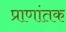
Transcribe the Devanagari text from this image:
प्राणांतक